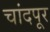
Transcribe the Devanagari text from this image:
चांदपूर